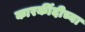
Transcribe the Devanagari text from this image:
कारर्कीदीच्या